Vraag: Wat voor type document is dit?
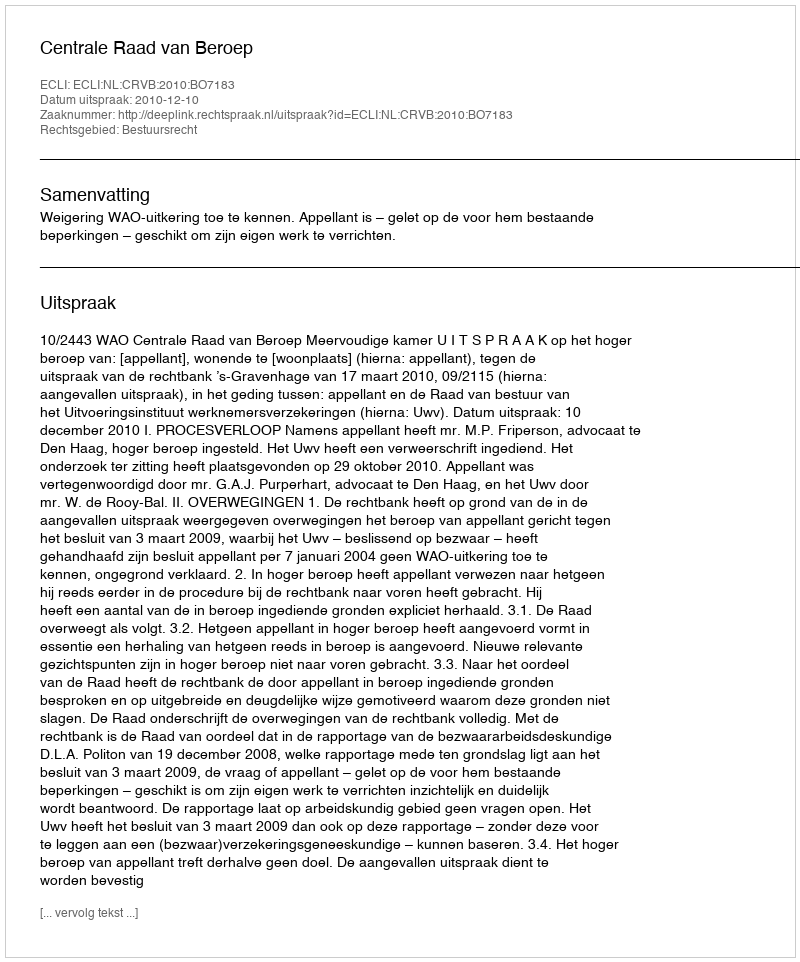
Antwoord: Uitspraak